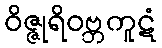
ဝိဇ္ဇုရိဝဗ္ဘကူဋံ